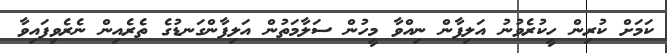
ކަމަށް ކުރިން ހީކުރެވުނު އަލިފާން ނިއްވާ މީހުން ސަލާމަތުން އަލިފާންގަނޑުގެ ތެރެއިން ނެރެވިފައިވާ